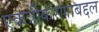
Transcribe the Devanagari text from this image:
एकत्रीकरणाबद्दल